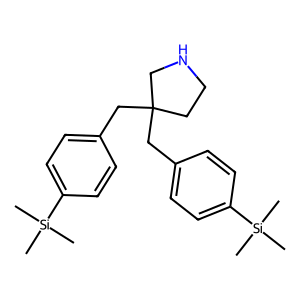
SMILES: C[Si](C)(C)c1ccc(CC2(Cc3ccc([Si](C)(C)C)cc3)CCNC2)cc1
Inhibits HIV replication: No